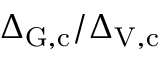
\Delta _ { \mathrm { G } , \mathrm { c } } / \Delta _ { \mathrm { V } , \mathrm { c } }